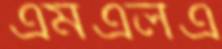
এমএলএ